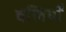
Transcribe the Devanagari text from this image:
बलियाँ